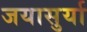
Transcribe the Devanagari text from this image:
जयासुर्या